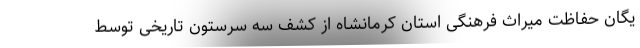
یگان حفاظت میراث فرهنگی استان کرمانشاه از کشف سه سرستون تاریخی توسط